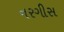
નરગીસ